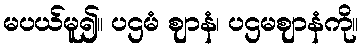
မပယ်မူ၍။ ပဌမံ ဈာနံ၊ ပဌမဈာနံကို။